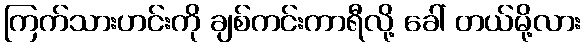
ကြက်သားဟင်းကို ချစ်ကင်းကာရီလို့ ခေါ် တယ်မို့လား